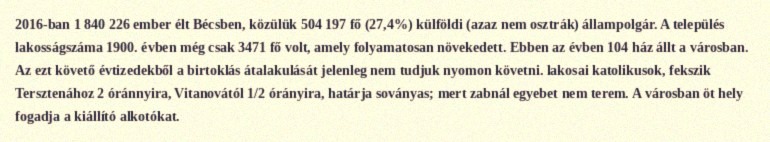
2016-ban 1 840 226 ember élt Bécsben, közülük 504 197 fő (27,4%) külföldi (azaz nem osztrák) állampolgár. A település lakosságszáma 1900. évben még csak 3471 fő volt, amely folyamatosan növekedett. Ebben az évben 104 ház állt a városban. Az ezt követő évtizedekből a birtoklás átalakulását jelenleg nem tudjuk nyomon követni. lakosai katolikusok, fekszik Tersztenához 2 óránnyira, Vitanovától 1/2 órányira, határja soványas; mert zabnál egyebet nem terem. A városban öt hely fogadja a kiállító alkotókat.